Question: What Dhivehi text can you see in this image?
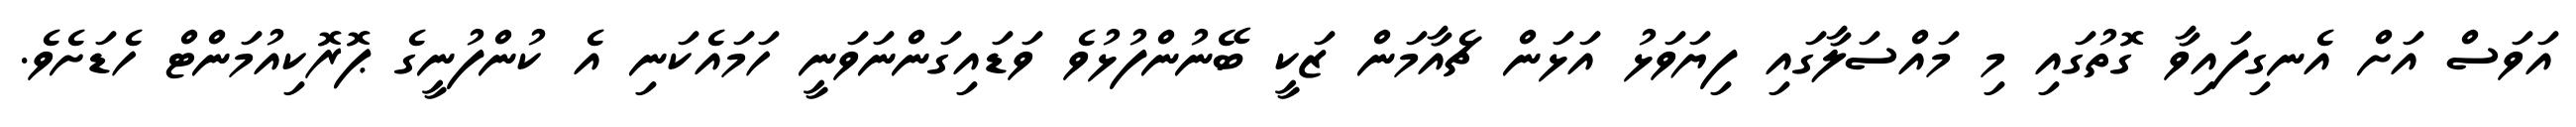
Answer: އަވަސް އަށް އެނގިފައިވާ ގޮތުގައި މި މައްސަލާގައި ފިޔަވަޅު އަޅަން ޗެއާމަން ޒަކީ ބޭނުންފުޅުވެ ވަޑައިގަންނަވަނީ ހަމައެކަނި އެ ކުންފުނީގެ ޕޮރޮކިއުމަންޓް ހެޑަށެވެ.